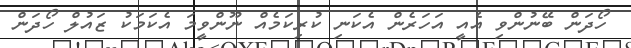
ހޯދަން ބޭނުންވި އެއީ އަހަރެން އެކަނި ކުރިކަމެއް ނޫންވީމަ އެކަމަކު ޒައުލް ހޯދަން